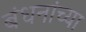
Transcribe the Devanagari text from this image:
बंधनांच्या